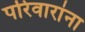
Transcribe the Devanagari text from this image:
परिवारांना